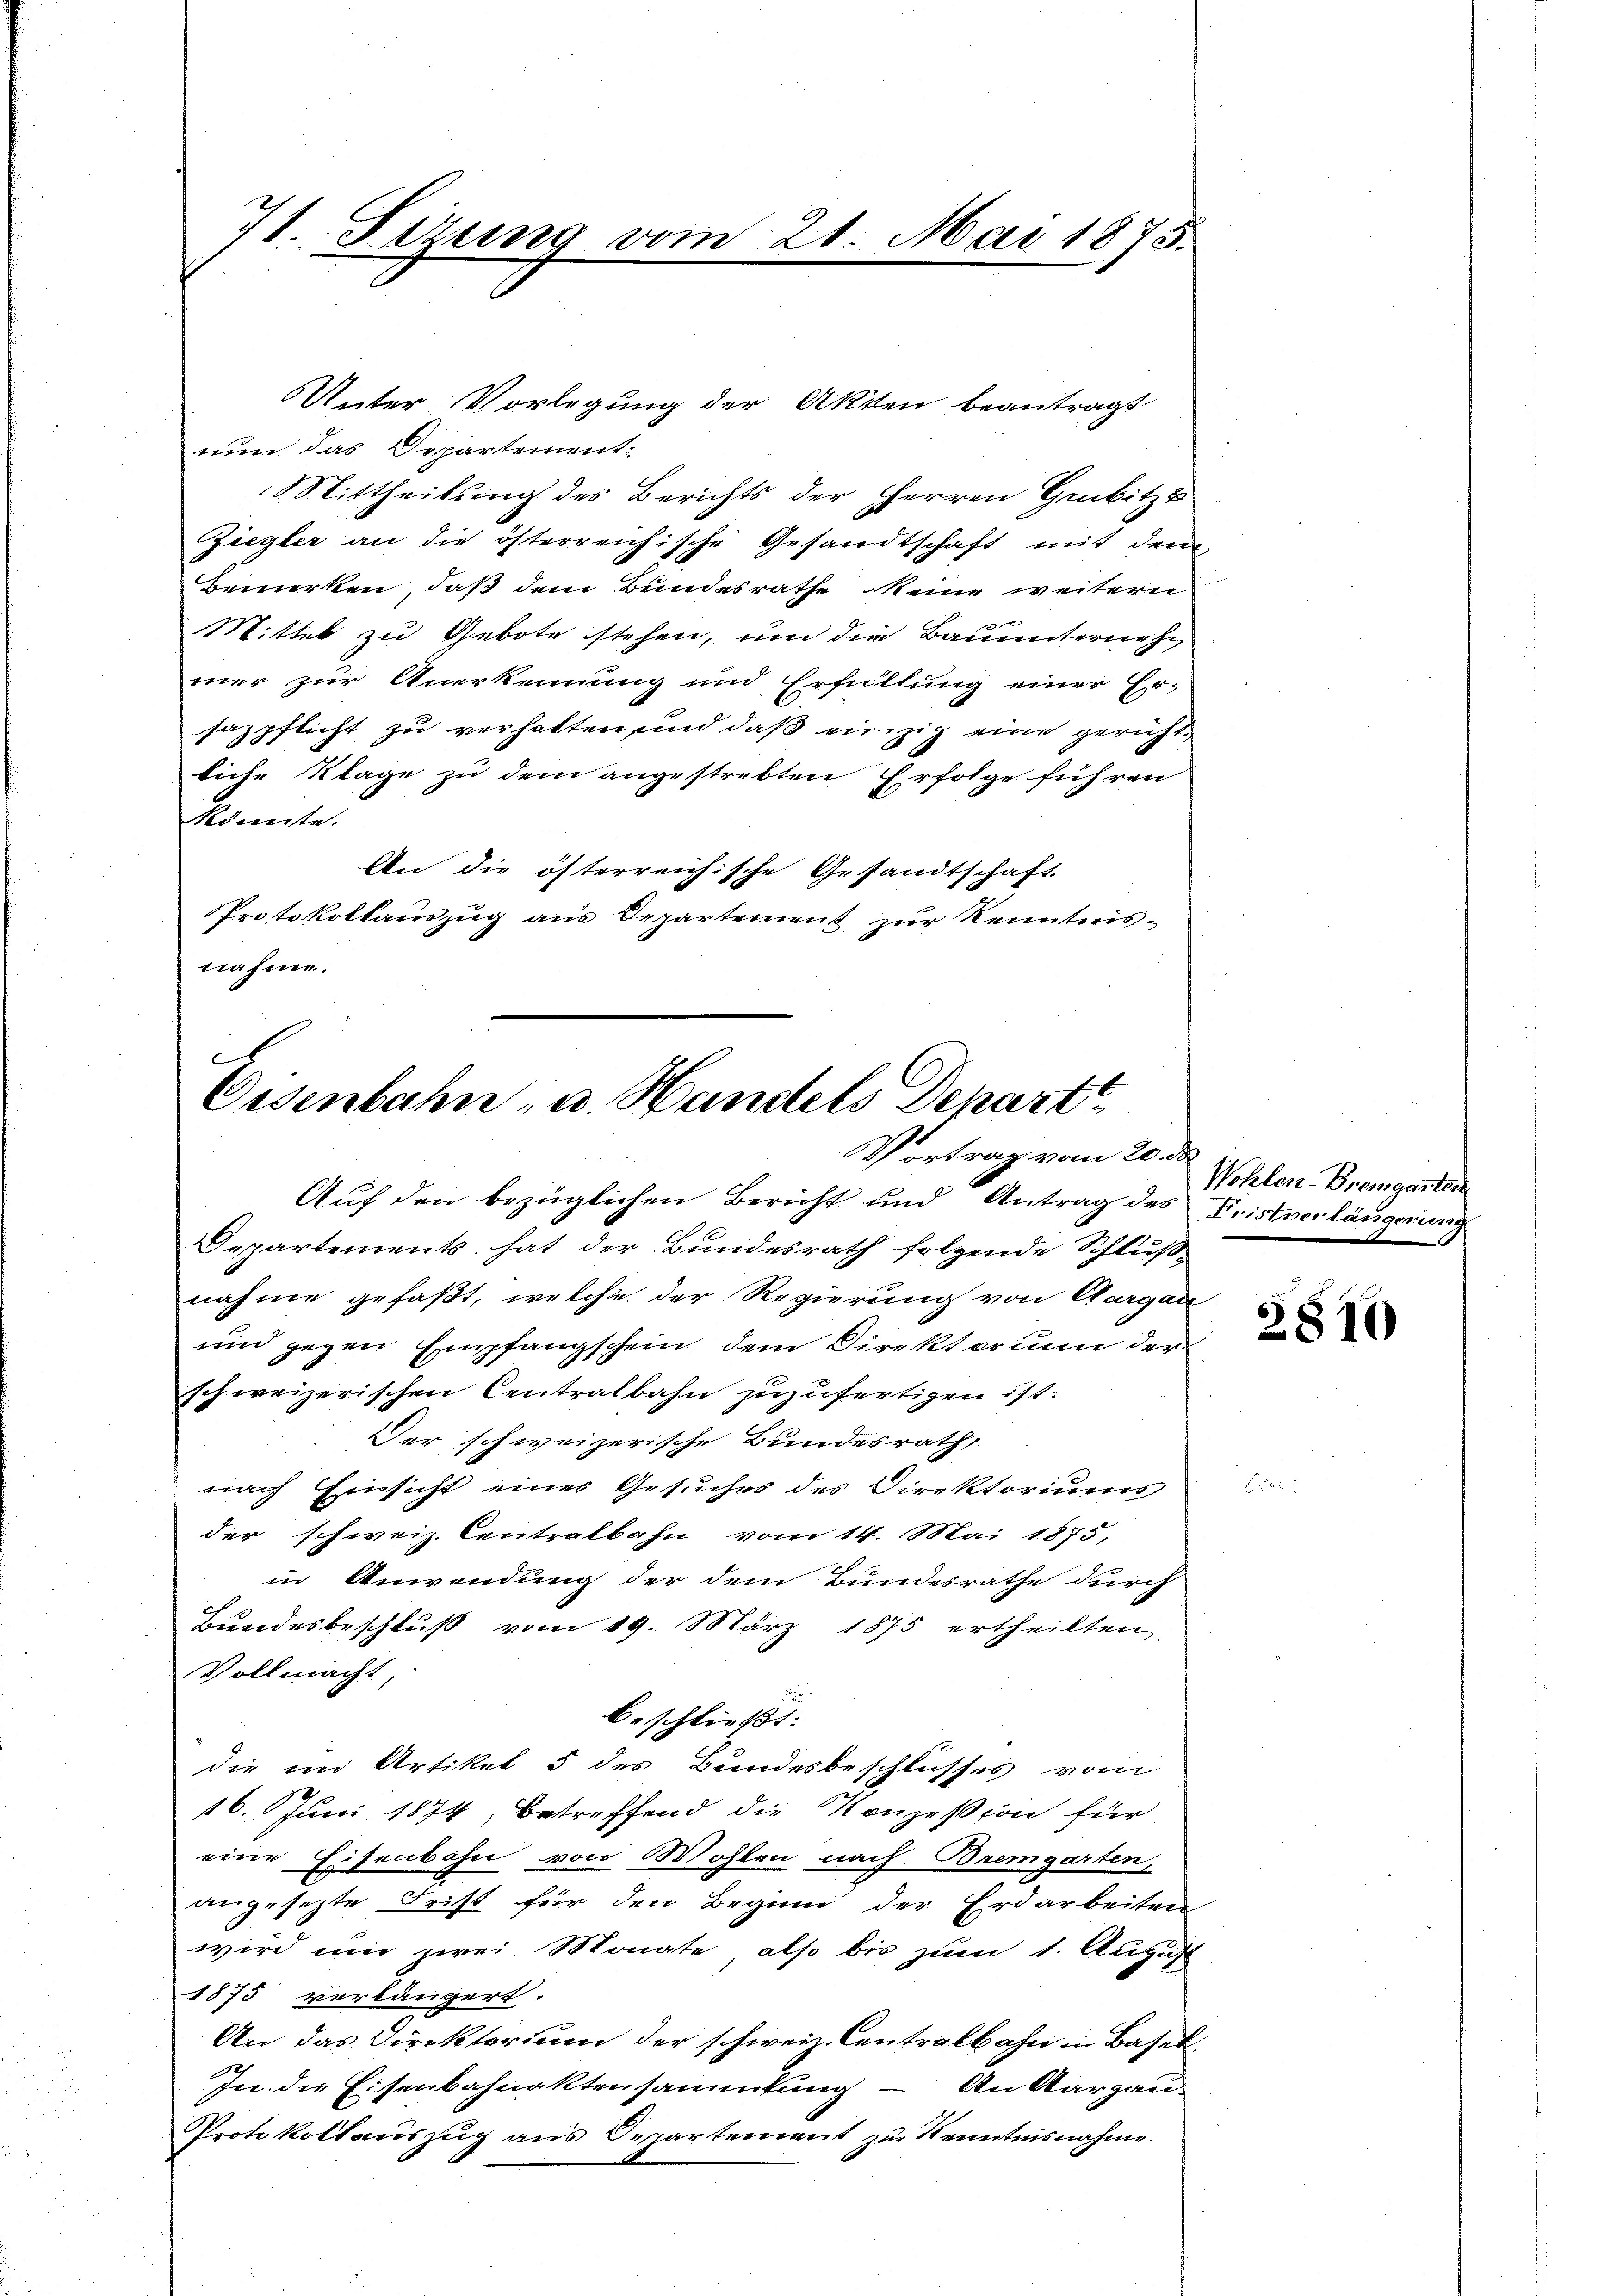
Unter Vorlegung der Akten beantragt
nun das Departement:
 Mittheilung des Berichts der Herren Genbitzt
Ziegler an die österreichische Gesandtschaft mit dem
bemerken, daß dem Bundesrathe keine weitern
Mittel zu Gebote stehen, um die Bauunternehmer zur Anerkennung und Erfüllung einer Er-
sazpflicht zu verhalten und daß einzig eine gerichtliche Klage zu dem angestrebten Erfolge führen
könnte.
An die öfterreichische Gesandtschaft
Protokollauszug aus Departement zur Kenntnis-
nahme.

71. Sirung vom 21. Mai 1875.

s
Eisenbahn, u. Handels Depart
Vortrag vom 20. de
Auf den bezüglichen Bericht und Antrag des Fristverlängerung

Departements hat der Bundesrath folgende Schluß-
nahme gefaßt, welche der Regierung von Aargau
und gegen Empfangschein, dem Direkt erin der
schweizerischen Centralbahn zuzufertigen ist.
Der schweizerische Bundesrath,
nach Einsicht eines Gesuches des Direktoriums
der schweiz. Centralbahn vom 14. Mai 1875,
in Anwendung der dem Bundesrathe durch
Bŭndesbeschlŭβ vom 19. März 1875 ertheilten
Vollmacht
beschließt:
die im Artiket 5 des Bundesbeschlusses vom
16. Juni 1874, betreffend die Konzession für
eine Eisenbahn von Wohlen nach Bremgarten,
angesezte Frist für den Beginn der Erdarbeiten
wird und zwei Monate, also bis zum 1. August
1875 verlängert.
An das Direktorium der schweiz. Centralbahn in Basel¬
In die Eisenbahnaktensammlung – An Aargau-
Protokollauszug aus Departement zur Kenntnisnahme.

Wohlen-Bremgarten

2810